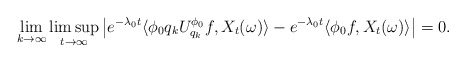
\begin{align*}\lim_{k\to\infty}\limsup_{t\to\infty}\left|e^{-\lambda_{0}t}\langle\phi_0q_kU^{\phi_0}_{q_k}f, X_t(\omega)\rangle-e^{-\lambda_{0}t}\langle\phi_0f, X_t(\omega)\rangle\right|=0.\end{align*}